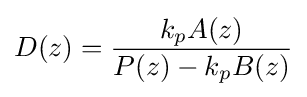
D(z)={\frac {k_{p}A(z)}{P(z)-k_{p}B(z)}}